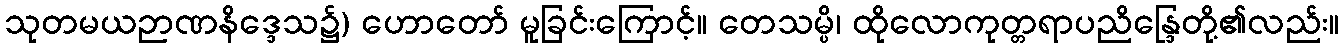
သုတမယဉာဏနိဒ္ဒေသ၌) ဟောတော် မူခြင်းကြောင့်။ တေသမ္ပိ၊ ထိုလောကုတ္တရာပညိန္ဒြေတို့၏လည်း။